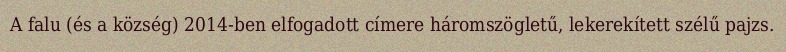
A falu (és a község) 2014-ben elfogadott címere háromszögletű, lekerekített szélű pajzs.